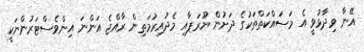
އޭނާ ވިދާޅުވީ އެ މަސައްކަތްތަކުގެ ދަށުން ޔޫރަޕާއި މެދުއިރުމަތިން ރާއްޖެ އަންނަ އިންވެސްޓަރުންނަކީ